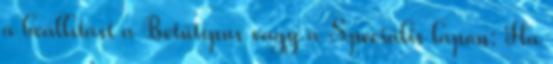
a beállítást a Betűtípus vagy a Speciális lapon: Ha